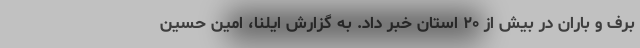
برف و باران در بیش از ۲۰ استان خبر داد. به گزارش ایلنا، امین حسین